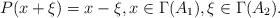
LaTeX: \begin{align*}P(x+\xi)=x-\xi,x\in\Gamma(A_1),\xi\in\Gamma(A_2).\end{align*}